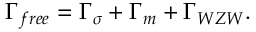
\Gamma _ { f r e e } = \Gamma _ { \sigma } + \Gamma _ { m } + \Gamma _ { W Z W } .